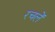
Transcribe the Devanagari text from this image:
रचलें